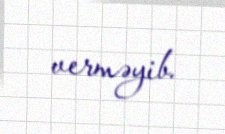
verməyib.